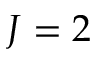
J = 2